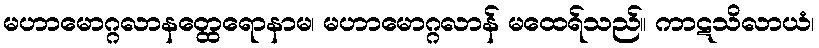
မဟာမောဂ္ဂလာနတ္ထေရောနာမ၊ မဟာမောဂ္ဂလာန် မထေရ်သည်။ ကာဋသိလာယံ၊